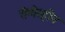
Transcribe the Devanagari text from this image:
रोग्गेव्हीन